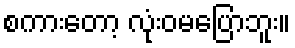
စကားတော့ လုံးဝမပြောဘူး။